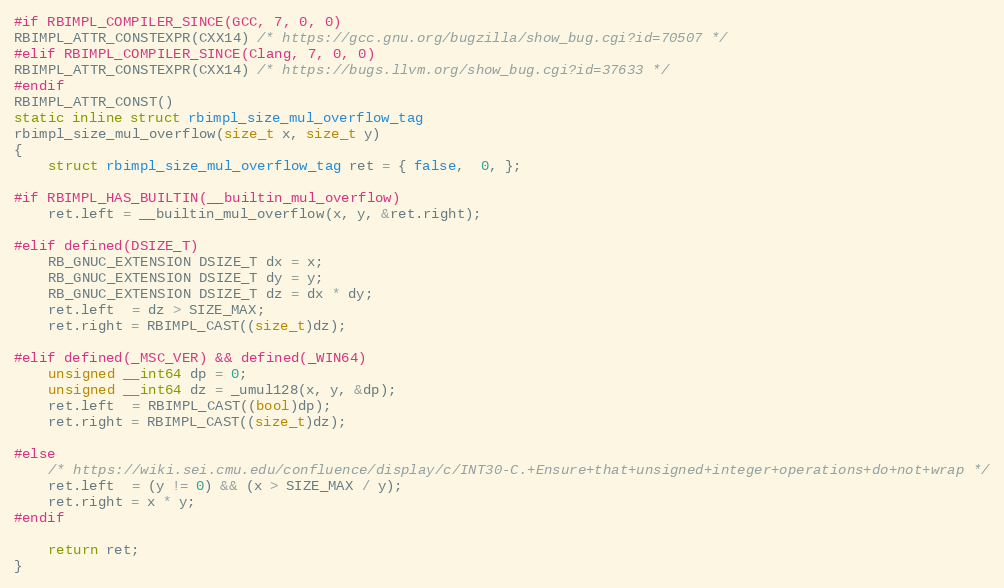
Language: C
#if RBIMPL_COMPILER_SINCE(GCC, 7, 0, 0)
RBIMPL_ATTR_CONSTEXPR(CXX14) /* https://gcc.gnu.org/bugzilla/show_bug.cgi?id=70507 */
#elif RBIMPL_COMPILER_SINCE(Clang, 7, 0, 0)
RBIMPL_ATTR_CONSTEXPR(CXX14) /* https://bugs.llvm.org/show_bug.cgi?id=37633 */
#endif
RBIMPL_ATTR_CONST()
static inline struct rbimpl_size_mul_overflow_tag
rbimpl_size_mul_overflow(size_t x, size_t y)
{
    struct rbimpl_size_mul_overflow_tag ret = { false,  0, };

#if RBIMPL_HAS_BUILTIN(__builtin_mul_overflow)
    ret.left = __builtin_mul_overflow(x, y, &ret.right);

#elif defined(DSIZE_T)
    RB_GNUC_EXTENSION DSIZE_T dx = x;
    RB_GNUC_EXTENSION DSIZE_T dy = y;
    RB_GNUC_EXTENSION DSIZE_T dz = dx * dy;
    ret.left  = dz > SIZE_MAX;
    ret.right = RBIMPL_CAST((size_t)dz);

#elif defined(_MSC_VER) && defined(_WIN64)
    unsigned __int64 dp = 0;
    unsigned __int64 dz = _umul128(x, y, &dp);
    ret.left  = RBIMPL_CAST((bool)dp);
    ret.right = RBIMPL_CAST((size_t)dz);

#else
    /* https://wiki.sei.cmu.edu/confluence/display/c/INT30-C.+Ensure+that+unsigned+integer+operations+do+not+wrap */
    ret.left  = (y != 0) && (x > SIZE_MAX / y);
    ret.right = x * y;
#endif

    return ret;
}